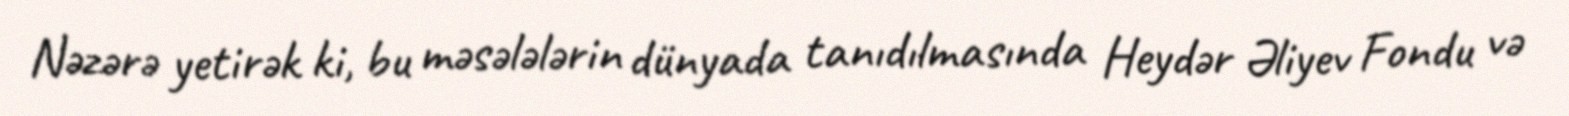
Nəzərə yetirək ki, bu məsələlərin dünyada tanıdılmasında Heydər Əliyev Fondu və